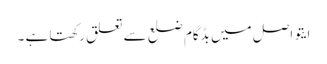
ایتو اصل میں بڈگام ضلع سے تعلق رکھتا ہے ۔